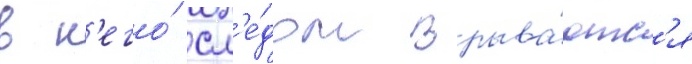
в н'его́ сл'е́дом врыва́ютс'я